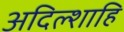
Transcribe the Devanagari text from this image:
अदिल्शाहि